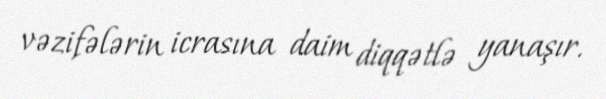
vəzifələrin icrasına daim diqqətlə yanaşır.